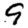
Digit: 9